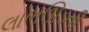
લાભઊડતી